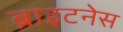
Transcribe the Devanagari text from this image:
ब्राइटनेस